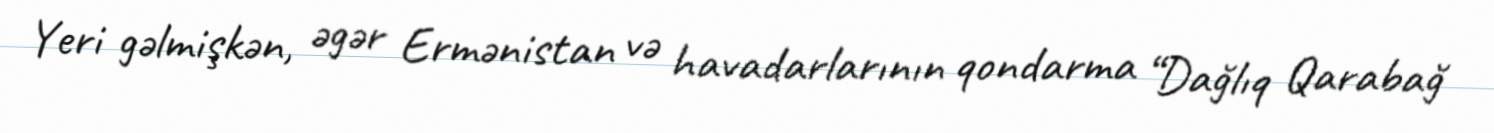
Yeri gəlmişkən, əgər Ermənistan və havadarlarının qondarma “Dağlıq Qarabağ